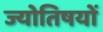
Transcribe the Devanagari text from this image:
ज्योतिषयों